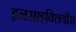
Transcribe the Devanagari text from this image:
इनसाइक्लियॉस